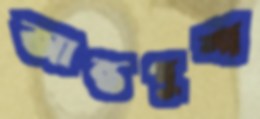
আন্তপুষ্প